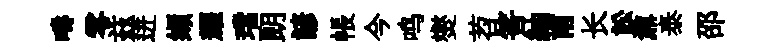
疇零兹迸缬耀璫朗諺帳今鸣爕苕筈紬甫长訟鼐泰邵